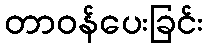
တာဝန်ပေးခြင်း